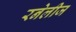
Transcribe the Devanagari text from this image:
रनेलीज